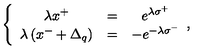
\left\{ \begin{array} { c c c } { \lambda x ^ { + } } & { = } & { e ^ { \lambda \sigma ^ { + } } } \\ { \lambda \left( x ^ { - } + \Delta _ { q } \right) } & { = } & { - e ^ { - \lambda \sigma ^ { - } } } \\ \end{array} , \right.